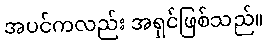
အပင်ကလည်း အရှင်ဖြစ်သည်။